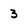
Character: 3